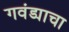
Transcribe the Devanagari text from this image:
गवंड्याचा